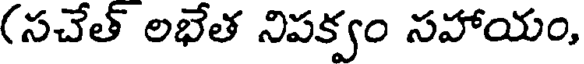
(సచేత్ లభేత నిపక్వం సహాయం,